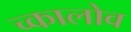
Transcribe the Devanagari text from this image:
च्कालोव